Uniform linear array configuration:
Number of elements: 24
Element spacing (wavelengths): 1
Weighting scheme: blackman
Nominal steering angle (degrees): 30
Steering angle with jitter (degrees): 31.867
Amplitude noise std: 0.05
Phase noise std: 0.05

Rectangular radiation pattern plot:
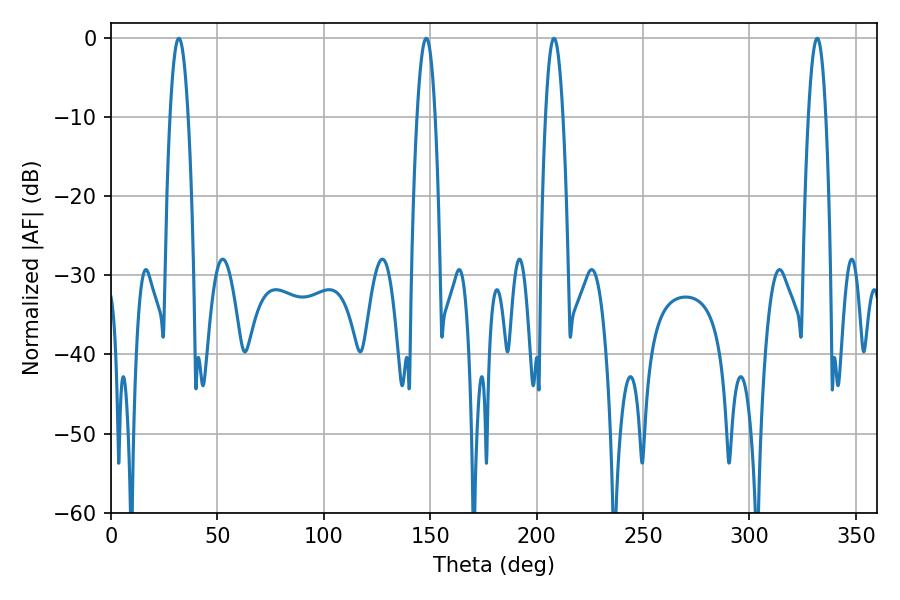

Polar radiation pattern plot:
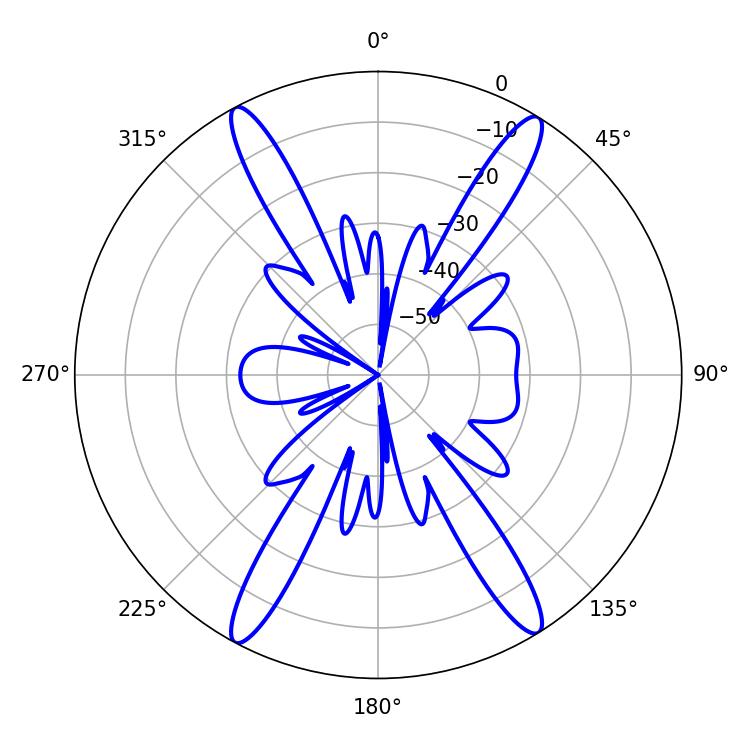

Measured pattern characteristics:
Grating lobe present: TRUE
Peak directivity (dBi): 21.745
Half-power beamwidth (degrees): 4.68
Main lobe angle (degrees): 31.86